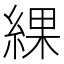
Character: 綶